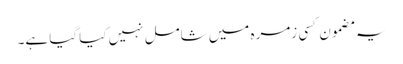
یہ مضمون کسی زمرہ میں شامل نہیں کیا گیا ہے۔